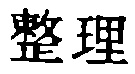
整理